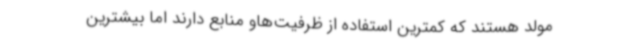
مولد هستند که کمترین استفاده از ظرفیت‌هاو منابع دارند اما بیشترین